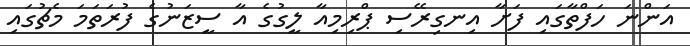
އަންނަ ހަފްތާގައި ފަށާ އިނގިރޭސި ޕްރިމިއާ ލީގުގެ އާ ސީޒަނުގެ ފުރަތަމަ މެޗުގައި